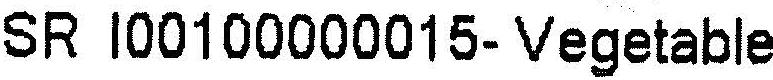
SR I00100000015- VEGETABLE